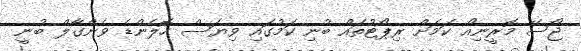
ޖޯސޭ މޮރީނިއޯ ކަމަށް ރިޕޯޓުތައް ބުނި ކަމުގައި ވިޔަސް ހޮލެންޑެ ވެންގާލް ބުނީ